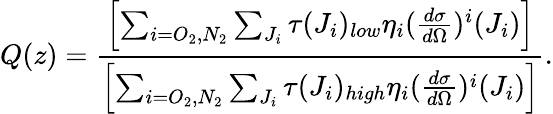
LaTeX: Q(z)=\frac{\left[\sum_{i=O_{2},N_{2}}\sum_{J_{i}}\tau(J_{i})_{low}\eta_{i}(\frac{d\sigma}{d\Omega})^{i}(J_{i})\right]}{\left[\sum_{i=O_{2},N_{2}}\sum_{J_{i}}\tau(J_{i})_{high}\eta_{i}(\frac{d\sigma}{d\Omega})^{i}(J_{i})\right]}.